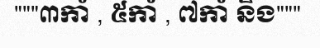
"""៣កាំ , ៥កាំ , ៧កាំ និង"""